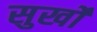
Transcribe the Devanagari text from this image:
सुर्खो